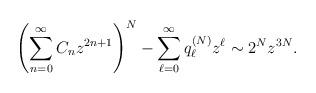
LaTeX: \begin{align*}\left( \sum_{n=0}^{\infty} C_{n} z^{2n+1} \right)^{N} - \sum_{\ell=0}^{\infty} q_{\ell}^{(N)}z^{\ell} \sim 2^{N} z^{3N}.\end{align*}